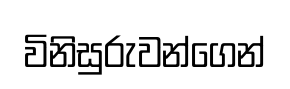
විනිසුරුවන්ගෙන්